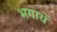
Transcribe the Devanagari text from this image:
भगायें